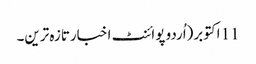
11 اکتوبر(اُردو پوائنٹ اخبارتازہ ترین۔